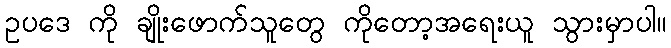
ဥပဒေ ကို ချိုးဖောက်သူတွေ ကိုတော့အရေးယူ သွားမှာပါ။